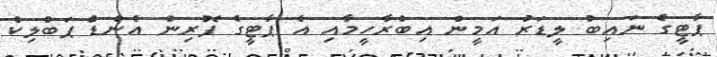
ޕާޓީގެ ނައިބު ލީޑަރު އަމީން އިބްރާހީމާއި އެ ޕާޓީގެ ފޮރިން އެންޑް ޕަބްލިކް